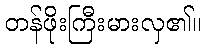
တန်ဖိုးကြီးမားလှ၏။